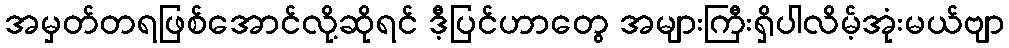
အမှတ်တရဖြစ်အောင်လို့ဆိုရင် ဒီ့ပြင်ဟာတွေ အများကြီးရှိပါလိမ့်အုံးမယ်ဗျာ